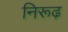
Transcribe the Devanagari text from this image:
निरूढ़